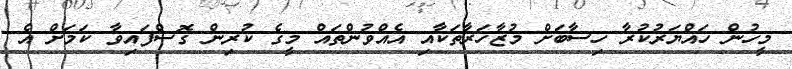
މީހުން ހައްޔަރުކުރާ ހިސާބަށް މުޒާހަރާތަކާއި އެއްވުންތައް މީގެ ކުރިން ގޮސްފައިވާ ކަމަށް އެ